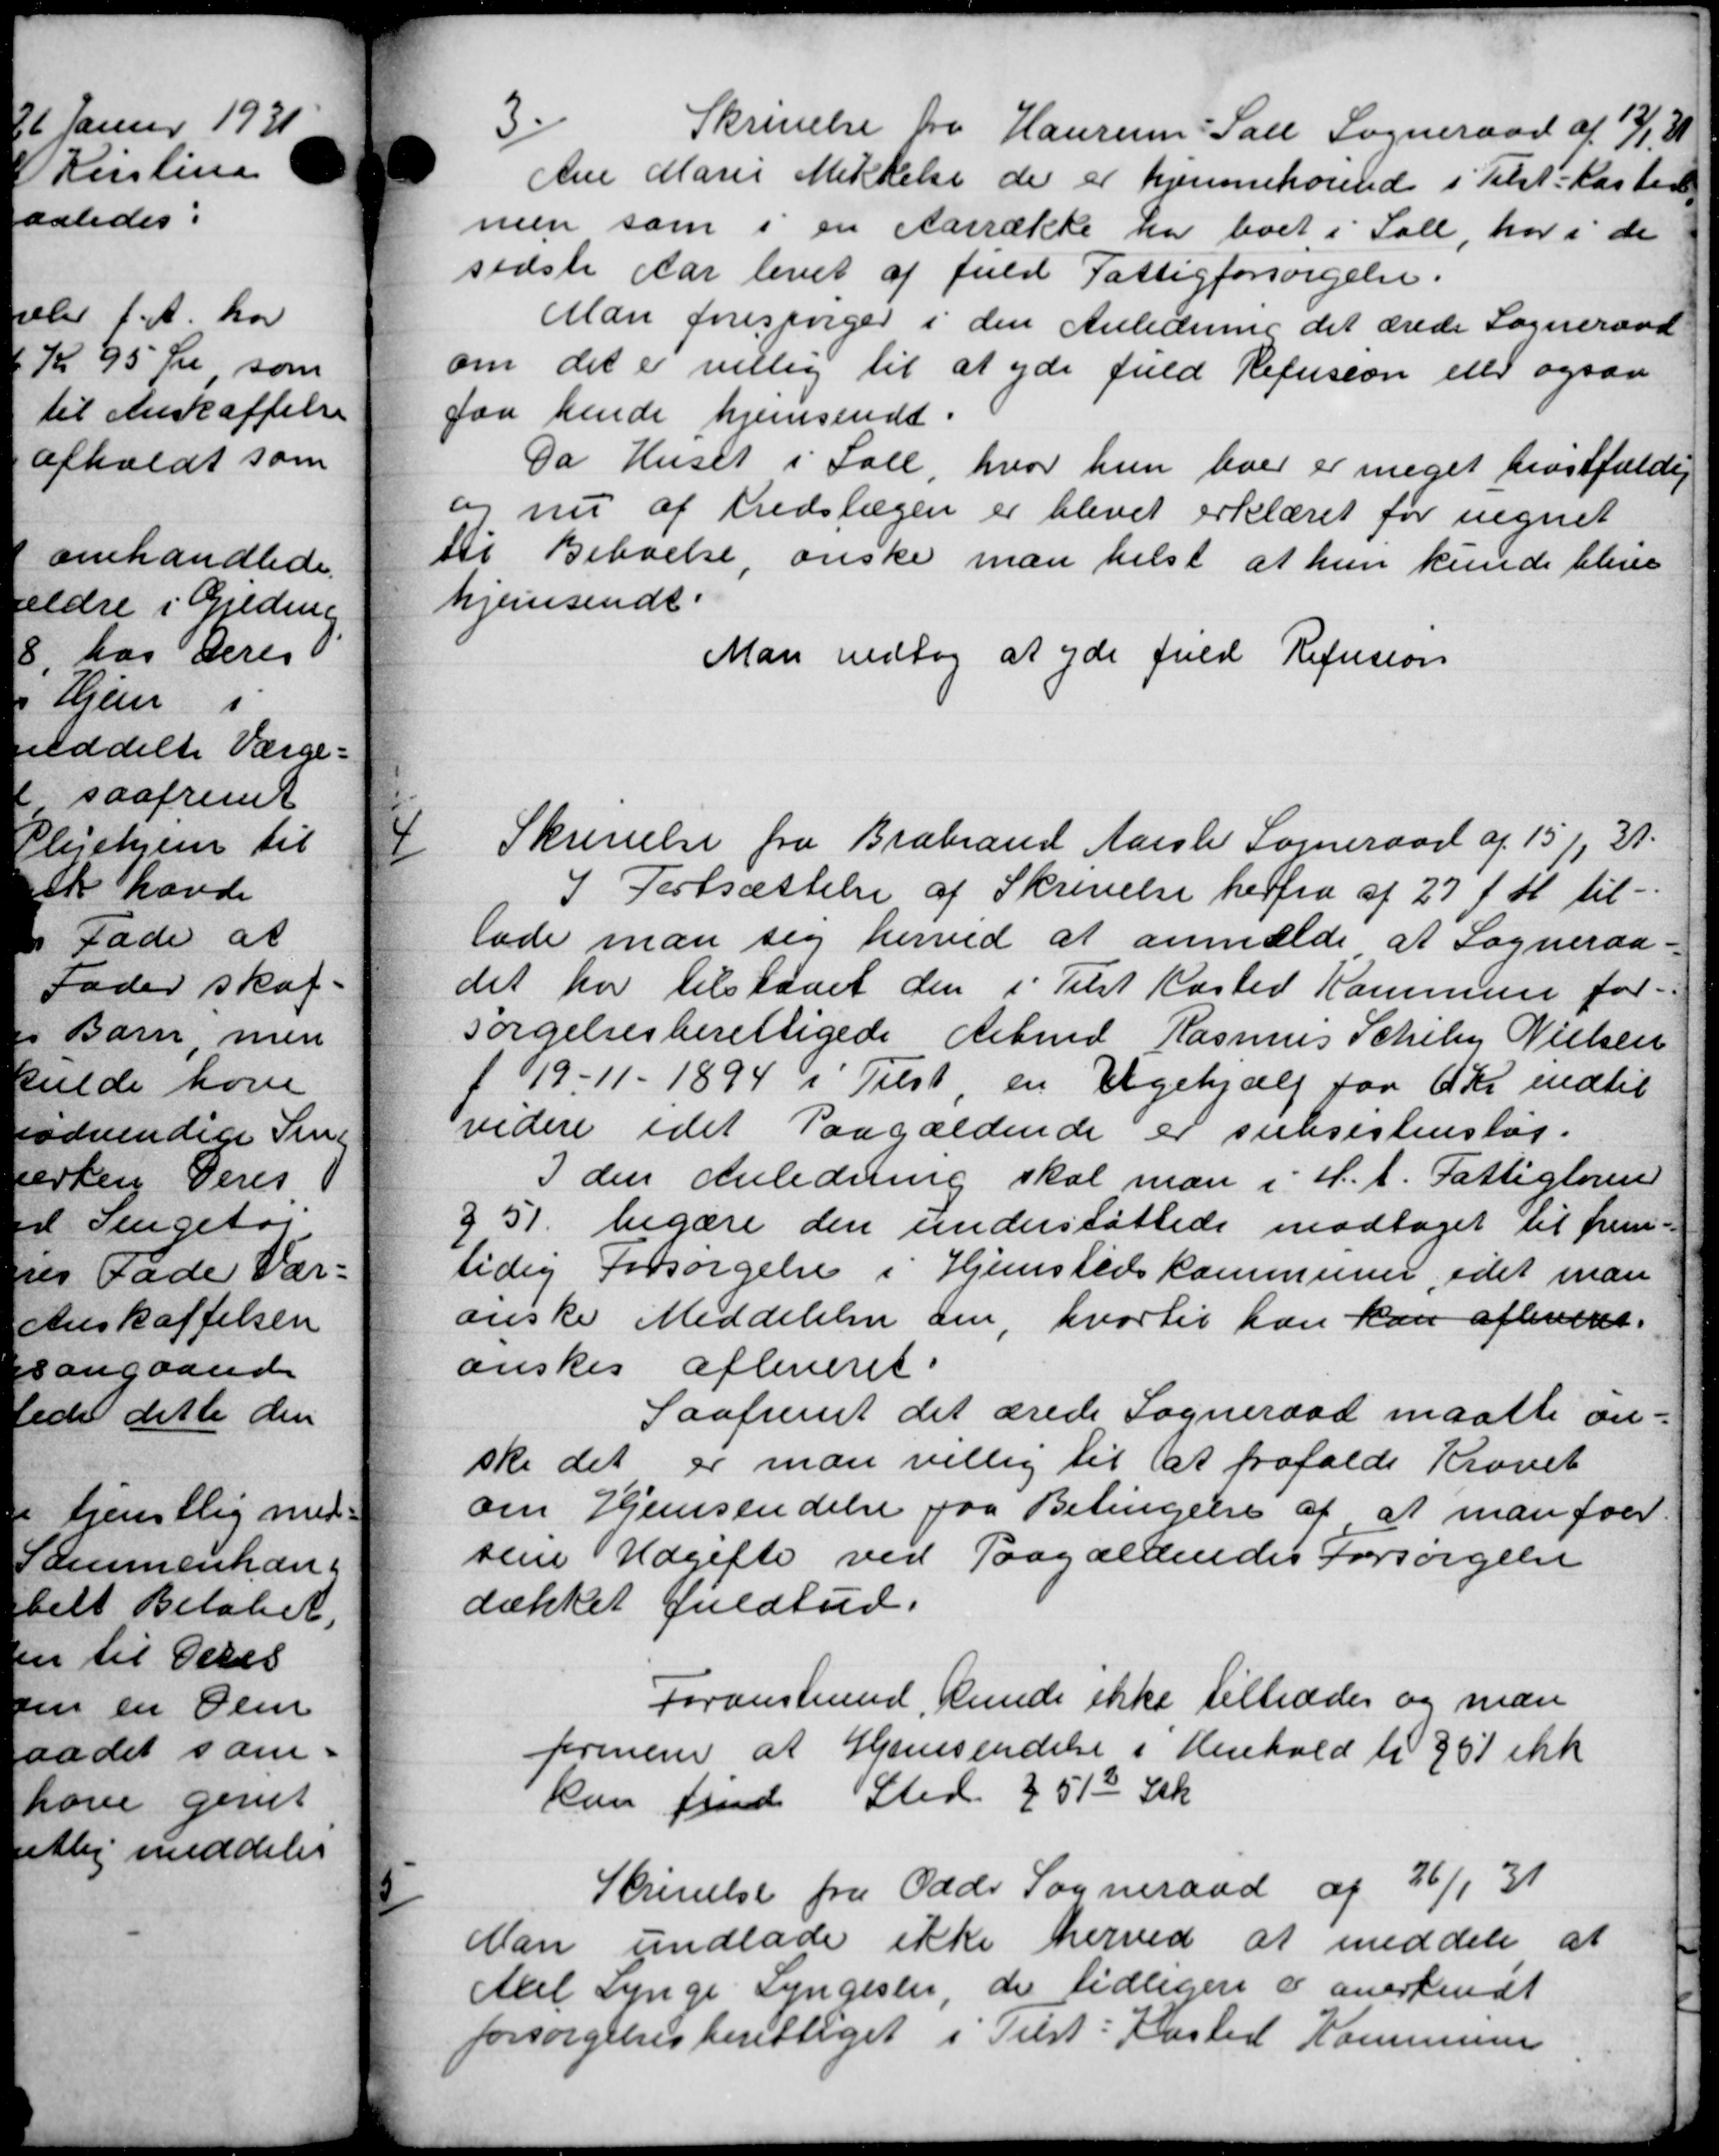
Transskription:
3
Skrivelse fra Haurum Sall Sogneraad af 12/1 21
Ane Marie Mikkelse der er hjemmehørende i Tilst Kasted
men som i en Aarrække har boet i Sall, har i de
sidste Aar levet af fuld Fattigforsørgelse.
Man forespørger i den Anledning det ærede Sogneraad
om det er villig til at yde fuld Refusion eller ogsaa
faa hende hjemsendt.
Da Huset i Sale, hvor hun hver er meget prøstfældig
og nu af hedslægen er blevet erklæret for regnet
et Beboelse, ønske man helst at hun kunde blive
emsendt.
Man vedtog at yde fuld Refusion

Skrivelse fra Brabrand Aarslev Sogneraad af 15/1, 31.
I Fastsættelse af Skrivelse herfra af 27 f. M. til-
lade man sig herved at anmælde at Sogneraa
det har tilstaaet den i Tilst Kasted Kommune for-
sørgelsesberettigede Arbmd. Rasmus Scheby Nielsen
19-11 - 1894 i Tilst, en Ugehjælp for 6 Kr indtil
videre idet Paagældende er subsistenslag.
I den Anledning skal man i H.t. Fattigloven
51. begære den understøttede modtaget til frem-
tidig Forsørgelse i Hjemstedskommuner, idet man
ønske Meddelelser om hvortil han kan afleveres.
nskes afleveret.
Saafremt det ærede Sogneraad maatte an-
ske det er man villig til at frafalde Krovet
oi Hjemsendelse paa Betingelse af at man for
sene Udgifte ved Paagældendes Forsørgelse
dækket fuldtud.
Foranstemed, kunde ikke tiltrædes og man
forenerer at Hjemsendelse i Henhold til 351 ikk
kan finde Sted 3510 Stk

Skrivelse fra Odde Sogneraad af 26/1 31
Dan undlade ikke herved at meddele at
te synge Syngester, de tidligere e anerkendt
9 ensberettiget i Tilst Kasted Kommunen